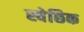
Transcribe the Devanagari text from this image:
स्वेछिक